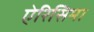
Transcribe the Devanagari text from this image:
ऐरिसिमा